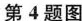
第4题图